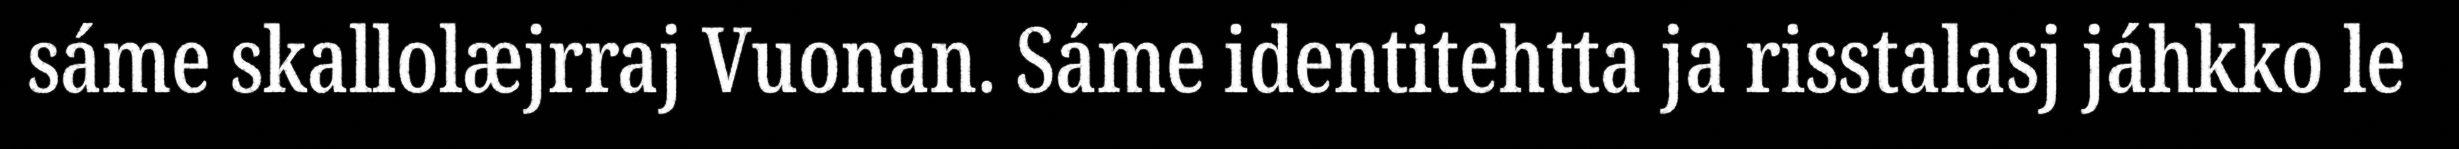
sáme skallolæjrraj Vuonan. Sáme identitehtta ja risstalasj jáhkko le